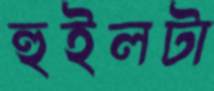
হুইলটা